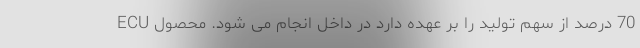
70 درصد از سهم تولید را بر عهده دارد در داخل انجام می شود. محصول ECU